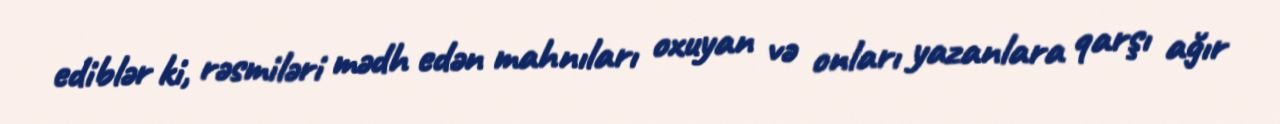
ediblər ki, rəsmiləri mədh edən mahnıları oxuyan və onları yazanlara qarşı ağır